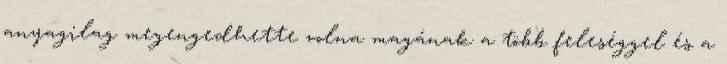
anyagilag megengedhette volna magának a több feleséggel és a